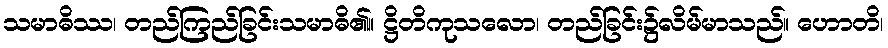
သမာဓိဿ၊ တည်ကြည်ခြင်းသမာဓိ၏။ ဋ္ဌိတိကုသလော၊ တည်ခြင်း၌လိမ်မာသည်။ ဟောတိ၊